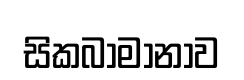
සිකබාමානාව